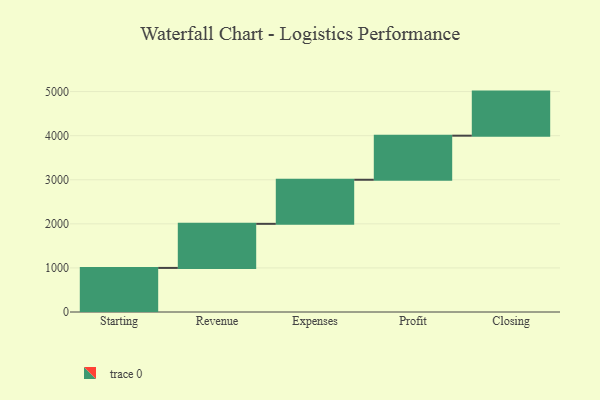
{"axis": {"x": "Step", "y": "Value"}, "legend": [""], "data": [{"x": "Starting", "y": 1000, "type": ""}, {"x": "Revenue", "y": 1000, "type": ""}, {"x": "Expenses", "y": 1000, "type": ""}, {"x": "Profit", "y": 1000, "type": ""}, {"x": "Closing", "y": 1000, "type": ""}]}